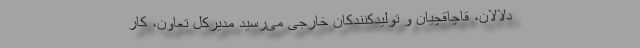
دلالان،‌ قاچاقچیان و تولیدکنندکان خارجی می‌رسید مدیرکل تعاون،‌ کار